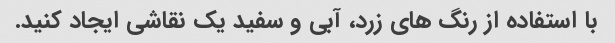
با استفاده از رنگ های زرد، آبی و سفید یک نقاشی ایجاد کنید.